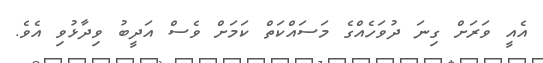
އެއީ ވަރަށް ގިނަ ދުވަހެއްގެ މަސައްކަތް ކަމަށް ވެސް އަދީބު ވިދާޅުވި އެވެ.